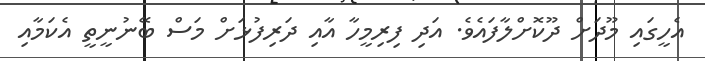
އެހީގައި މޫދަށް ދޫކޮށްލާފައެވެ. އަދި ފިރިމީހާ އާއި ދަރިފުޅަށް މަސް ބޭނުނީތީ އެކަމާއި